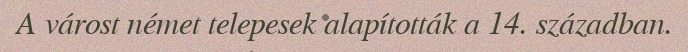
A várost német telepesek alapították a 14. században.